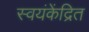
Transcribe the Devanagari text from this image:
स्वयंकेंद्रित